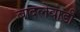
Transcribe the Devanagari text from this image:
बादलेवाडी